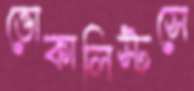
ভোকালিস্টসে